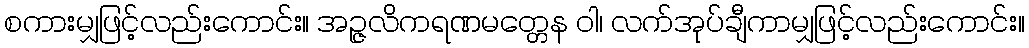
စကားမျှဖြင့်လည်းကောင်း။ အဉ္ဇလိကရဏမတ္တေန ဝါ၊ လက်အုပ်ချီကာမျှဖြင့်လည်းကောင်း။